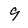
Character: 9